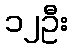
၁၂ဦး